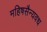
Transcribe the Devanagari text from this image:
महिषसैन्यवध